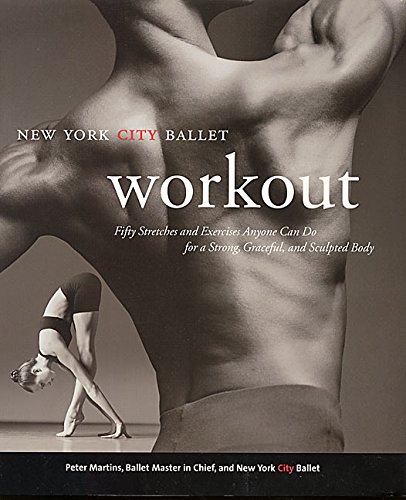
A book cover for NYC Ballet Workout: Fifty Stretches And Exercises Anyone Can Do For A Strong, Graceful, And Sculpted Body; Peter Martins; Health, Fitness & Dieting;